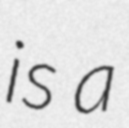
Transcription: is a